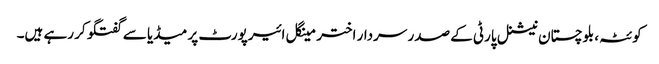
کوئٹہ، بلوچستان نیشنل پارٹی کے صدر سردار اختر مینگل ائیرپورٹ پر میڈیا سے گفتگو کر رہے ہیں۔